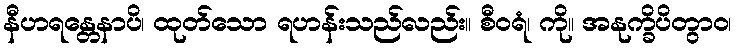
နီဟရန္တေနာပိ၊ ထုတ်သော ရဟန်းသည်လည်း။ စီဝရံ၊ ကို။ အနုက္ခိပိတွာဝ၊